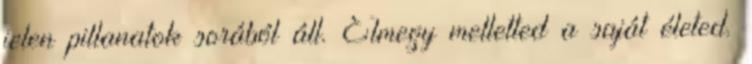
jelen pillanatok sorából áll. Elmegy melletted a saját életed.